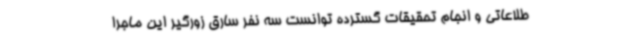
طلاعاتی و انجام تحقیقات گسترده توانست سه نفر سارق زورگیر این ماجرا